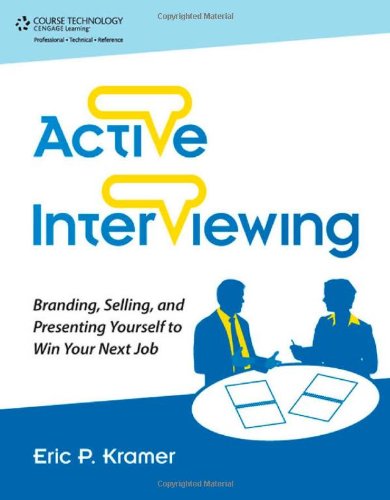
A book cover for Active Interviewing: Branding, Selling, and Presenting Yourself to Win Your Next Job (TEST series page); Eric Kramer; Business & Money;